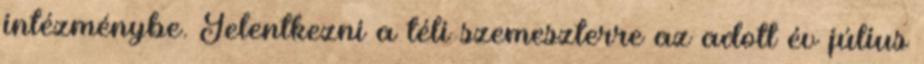
intézménybe. Jelentkezni a téli szemeszterre az adott év július